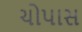
ચોપાસ